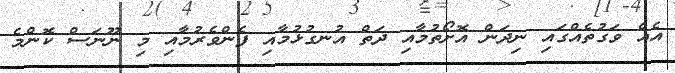
އެއް ވަގުތެއްގައި ނިދަން އޮށޯތުމާއި ދަތް އުނގުޅުމާއި ފެންވެރުމާއި މި ނޫނަސް ކޮންމެ